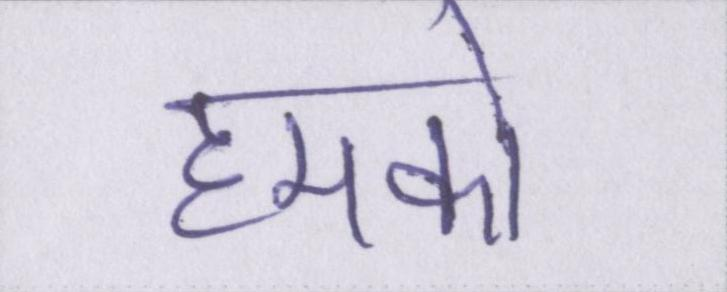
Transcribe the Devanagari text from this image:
हमको